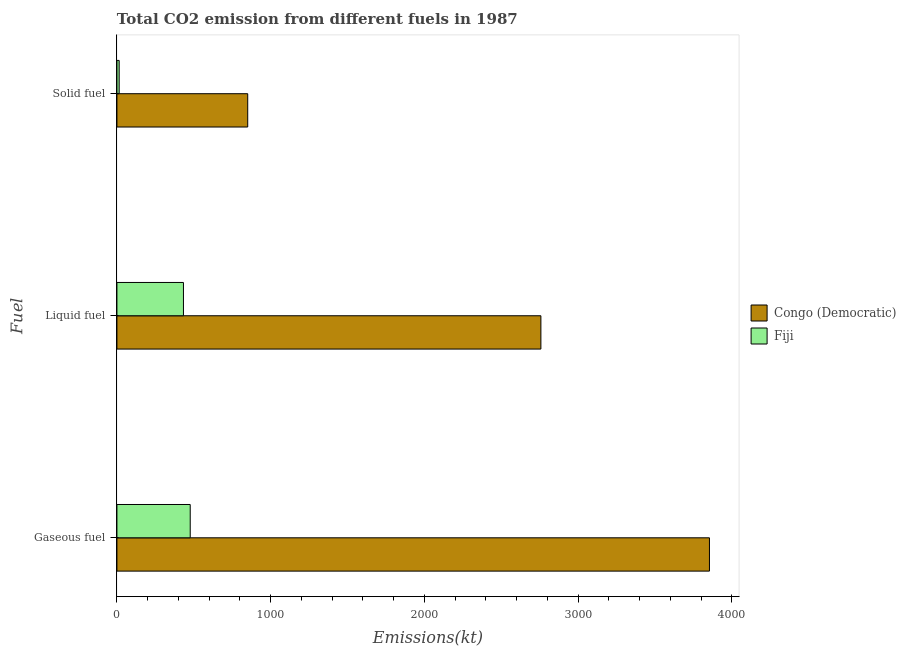
| Fuel | Congo (Democratic) | Fiji |
 | --- | --- | --- |
 | Gaseous fuel | 3.85e+03 | 477 |
 | Liquid fuel | 2.76e+03 | 433 |
 | Solid fuel | 851 | 14.7 |